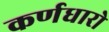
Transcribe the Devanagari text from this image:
कर्णधारो